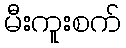
မီးကူးစက်